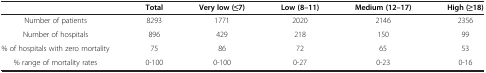
<table><thead><tr><td><b> </b></td><td><b>Total</b></td><td><b>Very low (≤7)</b></td><td><b>Low (8–11)</b></td><td><b>Medium (12–17)</b></td><td><b>High (≥18)</b></td></tr></thead><tbody><tr><td>Number of patients</td><td>8293</td><td>1771</td><td>2020</td><td>2146</td><td>2356</td></tr><tr><td>Number of hospitals</td><td>896</td><td>429</td><td>218</td><td>150</td><td>99</td></tr><tr><td>% of hospitals with zero mortality</td><td>75</td><td>86</td><td>72</td><td>65</td><td>53</td></tr><tr><td>% range of mortality rates</td><td>0-100</td><td>0-100</td><td>0-27</td><td>0-23</td><td>0-16</td></tr></tbody></table>